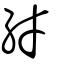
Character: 䊷